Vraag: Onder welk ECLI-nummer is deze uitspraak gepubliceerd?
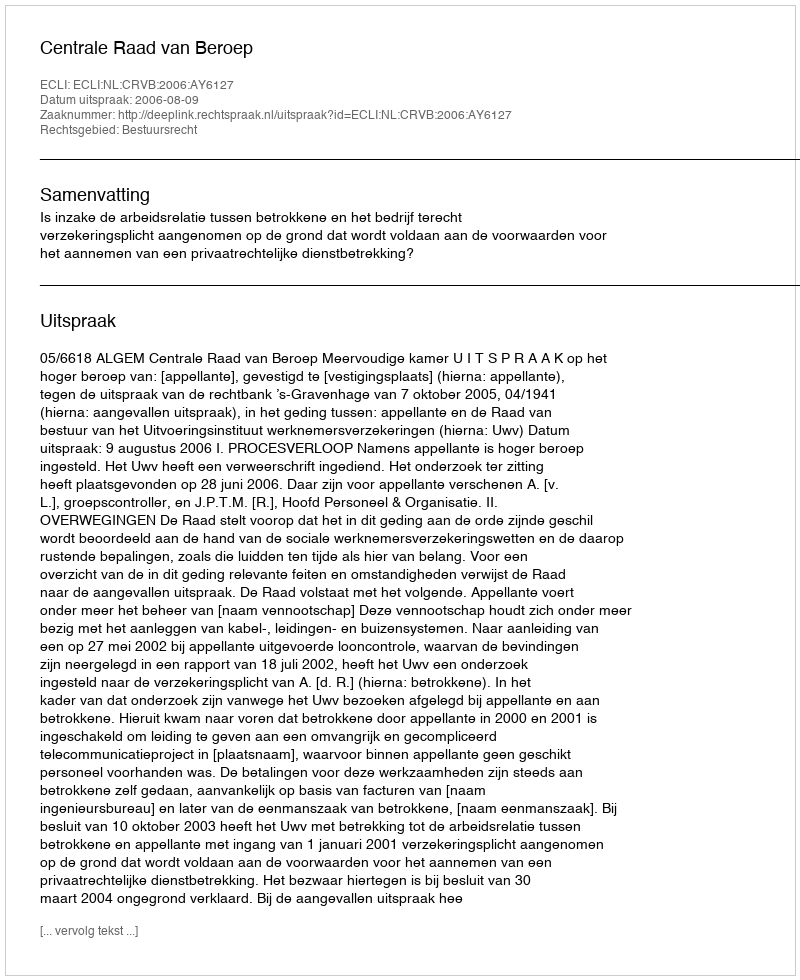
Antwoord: ECLI:NL:CRVB:2006:AY6127